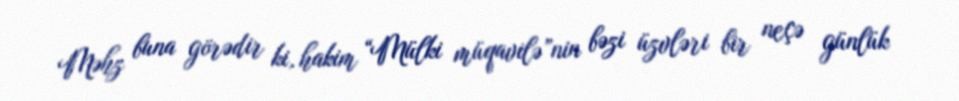
Məhz buna görədir ki, hakim “Mülki müqavilə”nin bəzi üzvləri bir neçə günlük